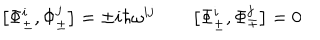
LaTeX: \bigl [ \Phi _ { \pm } ^ { i } , \Phi _ { \pm } ^ { j } \bigr ] = \pm i \hbar \omega ^ { i j } \qquad \bigl [ \Phi _ { \pm } ^ { i } , \Phi _ { \mp } ^ { j } \bigr ] = 0